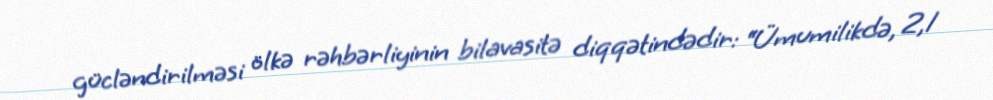
gücləndirilməsi ölkə rəhbərliyinin bilavasitə diqqətindədir: “Ümumilikdə, 2,1